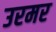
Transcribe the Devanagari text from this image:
उरमर